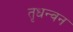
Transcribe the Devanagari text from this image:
तृधन्वन